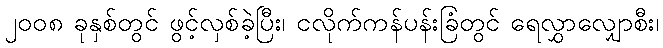
၂၀၀၈ ခုနှစ်တွင် ဖွင့်လှစ်ခဲ့ပြီး၊ ငလိုက်ကန်ပန်းခြံတွင် ရေလွှာလျှောစီး၊